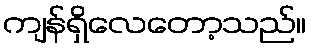
ကျန်ရှိလေတော့သည်။